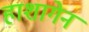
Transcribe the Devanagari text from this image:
हाशागेन